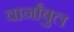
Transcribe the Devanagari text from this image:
वार्नांबुल